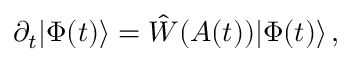
\partial _ { t } | \Phi ( t ) \rangle = \hat { W } ( A ( t ) ) | \Phi ( t ) \rangle \, ,